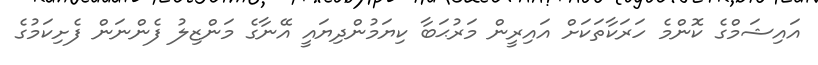
އައިޝަމްގެ ކޮންމެ ހަރަކާތަކަށް އައިރީން މަރުޙަބާ ކިޔަމުންދިޔައީ އޭނާގެ މަންޒިލު ފެންނަން ފެށިކަމުގެ